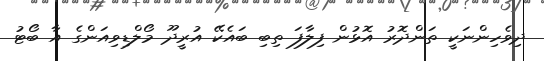
ދިވެހިންނަކީ ތަންދޮރު އޮޅުން ފިލާފަ ތިބި ބައެކޭ އުރީދޫ މޯލްޑިވިއަންގެ އާ ބޯޓު